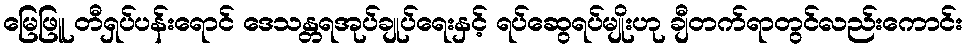
မြေဖြူ တီရှပ်ပန်းရောင် ဒေသန္တရအုပ်ချုပ်ရေးနှင့် ရပ်ဆွေရပ်မျိုးဟု ချီတက်ရာတွင်လည်းကောင်း